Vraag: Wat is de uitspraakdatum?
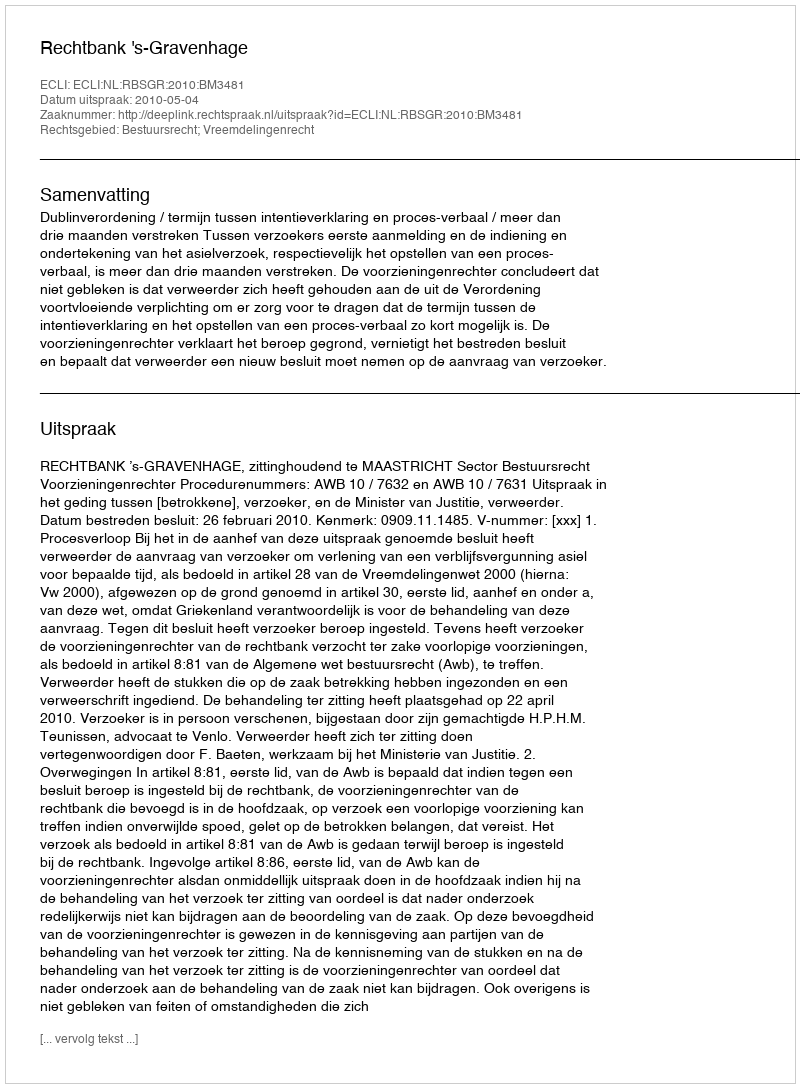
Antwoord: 2010-05-04